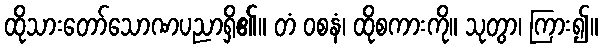
ထိုသားတော်သောဏပညာရှိ၏။ တံ ဝစနံ၊ ထိုစကားကို။ သုတွာ၊ ကြား၍။